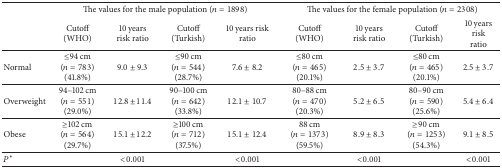
<table><thead><tr><td><b> </b></td><td colspan="4"><b>The values for the male population (<i>n</i> = 1898)</b></td><td colspan="4"><b>The values for the female population (<i>n</i> = 2308)</b></td></tr><tr><td><b> </b></td><td><b>Cutoff (WHO)</b></td><td><b>10 years risk ratio</b></td><td><b>Cutoff (Turkish)</b></td><td><b>10 years risk ratio</b></td><td><b>Cutoff (WHO)</b></td><td><b>10 years risk ratio</b></td><td><b>Cutoff (Turkish)</b></td><td><b>10 years risk ratio</b></td></tr></thead><tbody><tr><td>Normal</td><td>≤94 cm (<i>n</i> = 783) (41.8%)</td><td>9.0 ± 9.3</td><td>≤90 cm (<i>n</i> = 544) (28.7%)</td><td>7.6 ± 8.2</td><td>≤80 cm(<i>n</i> = 465) (20.1%)</td><td>2.5 ± 3.7</td><td>≤80 cm(<i>n</i> = 465) (20.1%)</td><td>2.5 ± 3.7</td></tr><tr><td>Overweight</td><td>94–102 cm (<i>n</i> = 551) (29.0%)</td><td>12.8 ± 11.4</td><td>90–100 cm(<i>n</i> = 642)(33.8%)</td><td>12.1 ± 10.7</td><td>80–88 cm(<i>n</i> = 470) (20.3%)</td><td>5.2 ± 6.5</td><td>80–90 cm(<i>n</i> = 590) (25.6%)</td><td>5.4 ± 6.4</td></tr><tr><td>Obese</td><td>≥102 cm (<i>n</i> = 564) (29.7%)</td><td>15.1 ± 12.2</td><td>≥100 cm(<i>n</i> = 712) (37.5%)</td><td>15.1 ± 12.4</td><td>88 cm (<i>n</i> = 1373) (59.5%)</td><td>8.9 ± 8.3</td><td>≥90 cm(<i>n</i> = 1253) (54.3%)</td><td>9.1 ± 8.5</td></tr><tr><td><i>P</i>*</td><td> </td><td> &lt;0.001</td><td> </td><td> &lt;0.001</td><td> </td><td>&lt;0.001</td><td> </td><td>&lt;0.001</td></tr></tbody></table>